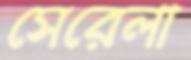
সেরেলা